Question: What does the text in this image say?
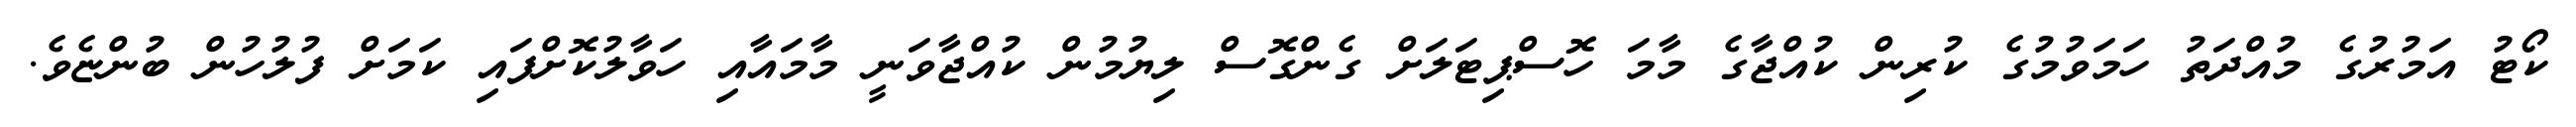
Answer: ކޯޓު އަމުރުގެ މުއްދަތު ހަމަވުމުގެ ކުރިން ކުއްޖާގެ މާމަ ހޮސްޕިޓަލަށް ގެންގޮސް ލިޔުމުން ކުއްޖާވަނީ މާމައާއި ހަވާލުކޮށްފައި ކަމަށް ފުލުހުން ބުންޏެވެ.